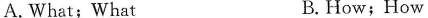
A. What; What B.How; How